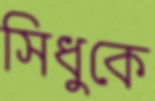
সিধুকে